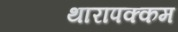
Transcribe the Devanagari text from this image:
थारापक्कम